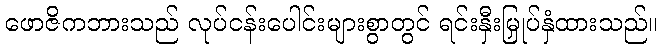
ဖောဇိကဘားသည် လုပ်ငန်းပေါင်းများစွာတွင် ရင်းနှီးမြှုပ်နှံထားသည်။